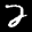
Label: 2